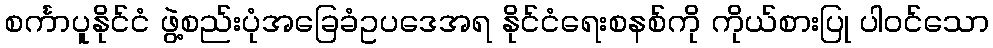
စင်္ကာပူနိုင်ငံ ဖွဲ့စည်းပုံအခြေခံဥပဒေအရ နိုင်ငံရေးစနစ်ကို ကိုယ်စားပြု ပါဝင်သော